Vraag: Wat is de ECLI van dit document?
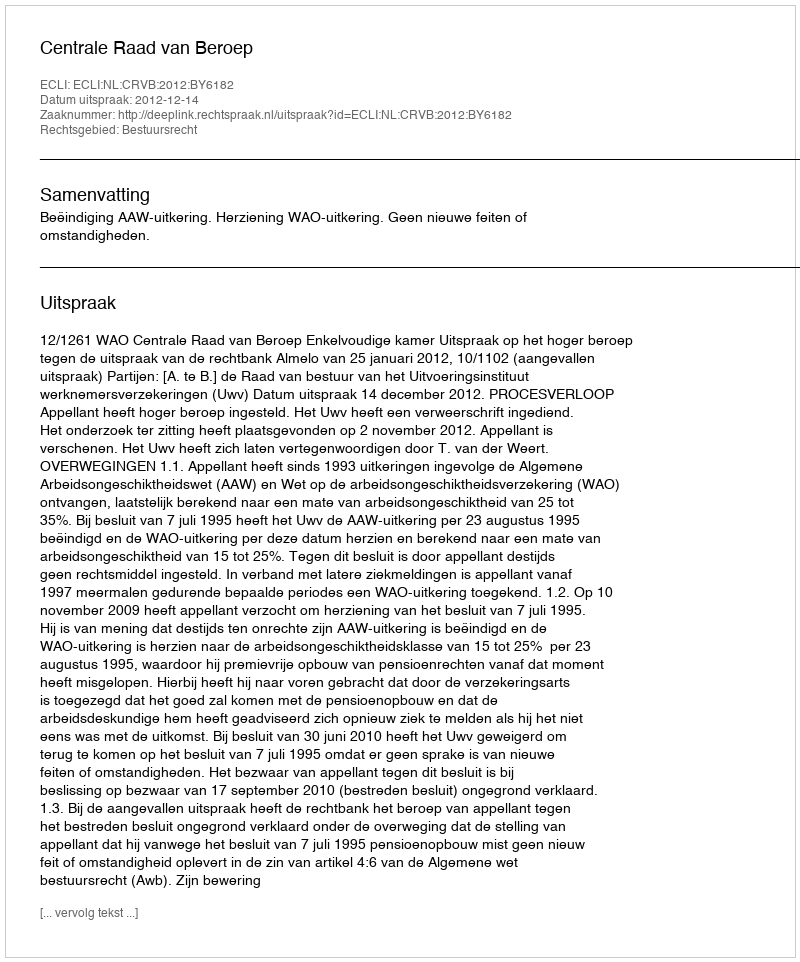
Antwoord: ECLI:NL:CRVB:2012:BY6182